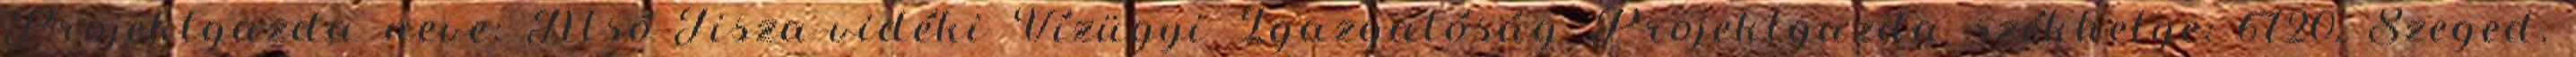
Projektgazda neve: Alsó-Tisza-vidéki Vízügyi Igazgatóság Projektgazda székhelye: 6720, Szeged,